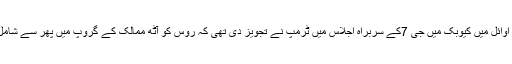
اس ماہ کے اوائل میں کیوبک میں جی 7کے سربراہ اجلاس میں ٹرمپ نے تجویز دی تھی کہ روس کو آٹھ ممالک کے گروپ میں پھر سے شامل کیا جائے۔